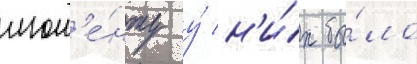
мом'е́нту у́ н'и́х бы́ло